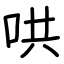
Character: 哄